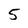
Character: 5